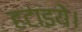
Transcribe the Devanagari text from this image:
हटाइये।